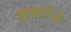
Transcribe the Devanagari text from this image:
क्रुझर्सनी